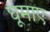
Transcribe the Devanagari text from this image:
घूमाए